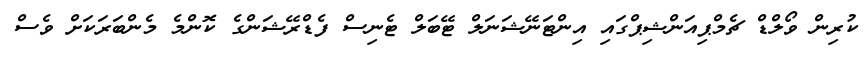
ކުރިން ވޯލްޑް ޗެމްޕިއަންޝިޕްގައި އިންޓަނޭޝަނަލް ޓޭބަލް ޓެނިސް ފެޑްރޭޝަންގެ ކޮންމެ މެންބަރަކަށް ވެސް